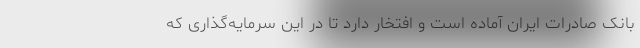
بانک صادرات ایران آماده است و افتخار دارد تا در این سرمایه‌گذاری که